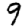
Digit: 9